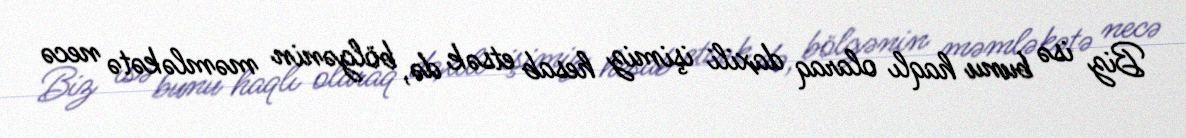
Biz isə bunu haqlı olaraq daxili işimiz hesab etsək də, bölgənin məmləkətə necə